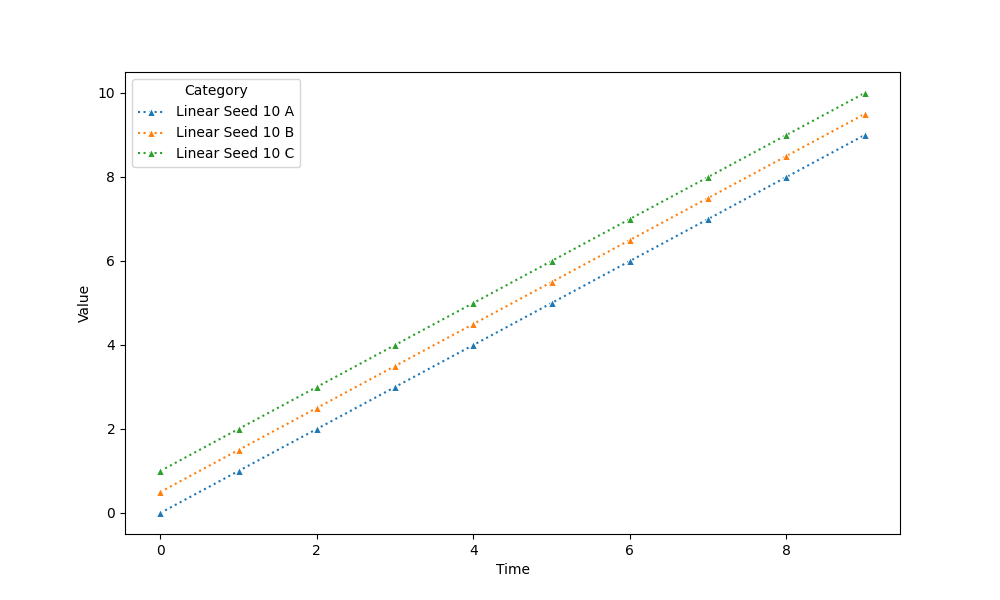
python, seaborn, lineplot, style='dotted', marker='^'